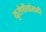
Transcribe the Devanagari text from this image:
युरोपीयांसाठी